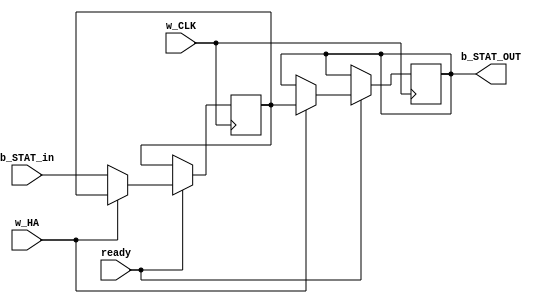
module _STATICISOR #(parameter WIDTH = 10) (input w_CLK, input ready, input w_HA, input [0:WIDTH-1] b_STAT_in, output [0:WIDTH-1] b_STAT_OUT);
	reg [0:WIDTH-1] b_STAT_OUT;
	reg [0:WIDTH-1] state;
	
	//integer i;
	always @(posedge w_CLK) if (ready) begin
		if (w_HA)
			// Output data
			b_STAT_OUT[0:WIDTH-1] <= state[0:WIDTH-1];
		else begin
			// Input data
			state[0:WIDTH-1] <= b_STAT_in[0:WIDTH-1];

			// Clear the output
			//for (i=0; i<WIDTH; i=i+1)
			//	b_STAT_OUT[i] <= 0;
		end
	end
endmodule